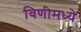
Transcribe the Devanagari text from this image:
विणीमध्ये